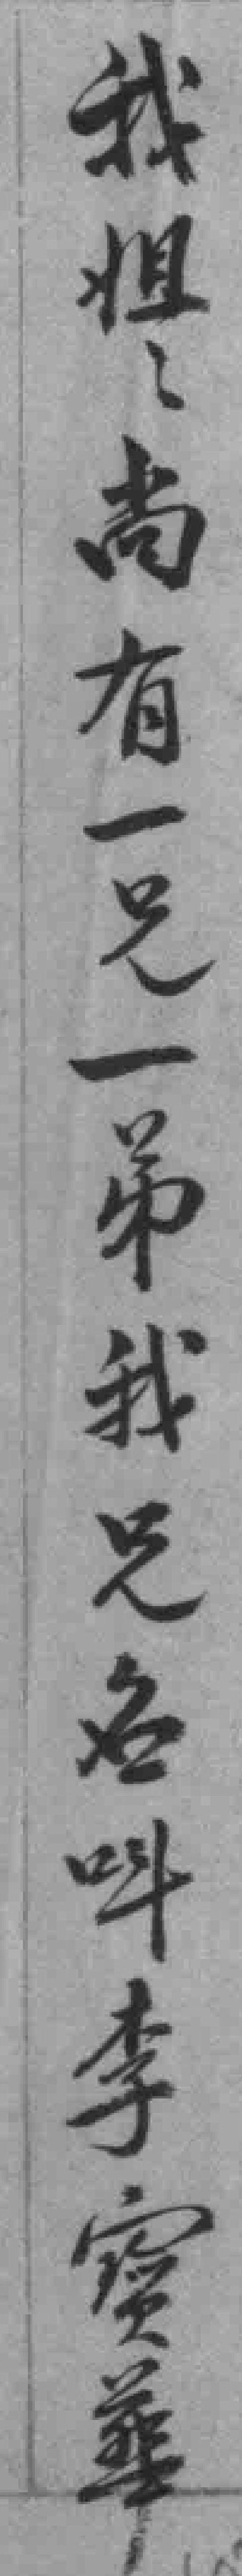
我姐姐尚有一兄一弟我兄名呌李寶華